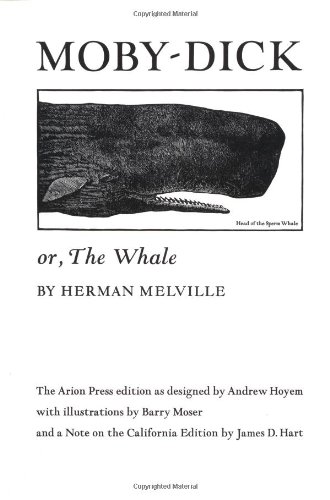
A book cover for Moby Dick; or, The Whale; Herman Melville; Literature & Fiction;